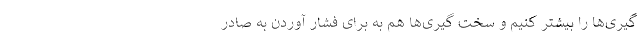
گیری‌ها را بیشتر کنیم و سخت گیری‌ها هم به برای فشار آوردن به صادر